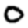
Digit: 0